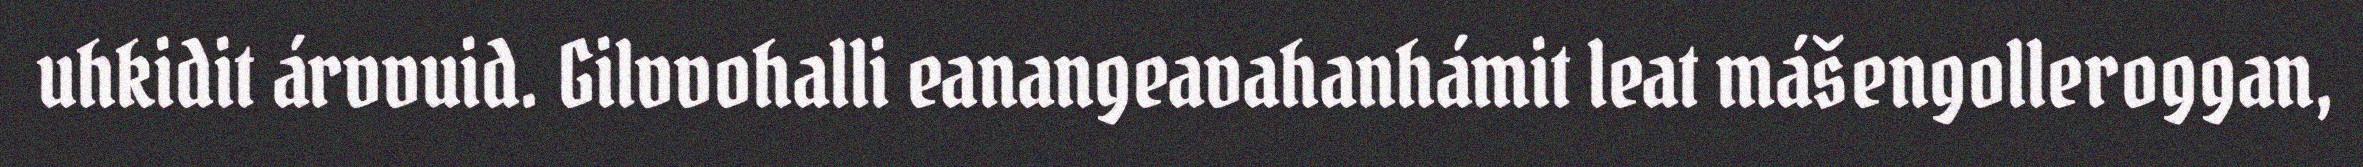
uhkidit árvvuid. Gilvvohalli eanangeavahanhámit leat mášengolleroggan,